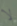
لا